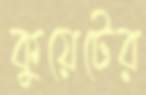
কুয়েটের